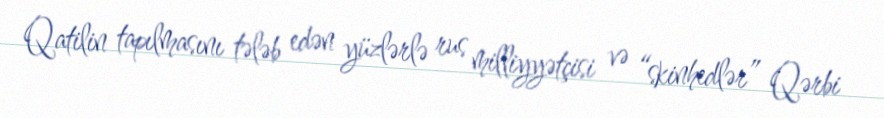
Qatilin tapılmasını tələb edən yüzlərlə rus milliyyətçisi və “skinhedlər” Qərbi